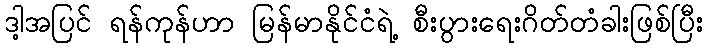
ဒါ့အပြင် ရန်ကုန်ဟာ မြန်မာနိုင်ငံရဲ့ စီးပွားရေးဂိတ်တံခါးဖြစ်ပြီး